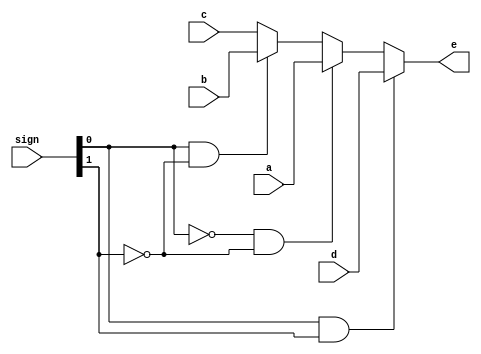
`timescale 1ns / 1ps
//////////////////////////////////////////////////////////////////////////////////
// Company: 
// Engineer: 
// 
// Design Name: 
// Module Name: pick41
// Project Name: 
// Target Devices: 
// Tool Versions: 
// Description: 
// 
// Dependencies: 
// 
// Revision:
// Revision 0.01 - File Created
// Additional Comments:
// 
//////////////////////////////////////////////////////////////////////////////////


module pick41(
    input [31:0] a,
    input [31:0] b,
    input [31:0] c,
    input [31:0] d,
    input [1:0] sign,
    output reg [31:0] e
    );
    always @ (a, b, c, d, sign) begin
        if(sign[0] & sign[1])
            e = d;
        else if(~sign[0] & ~sign[1])
            e = a;
        else if(sign[0] & ~sign[1])
            e = b;
        else
            e = c;
    end
endmodule